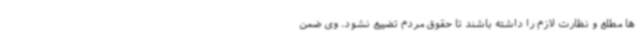
ها مطلع و نظارت لازم را داشته باشند تا حقوق مردم تضییع نشود. وی ضمن